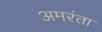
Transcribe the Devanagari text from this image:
अमरंता